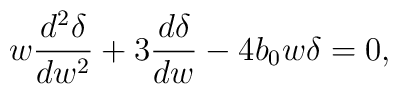
w\frac{d^2 \delta}{d w^2}+3\frac{d\delta}{dw}-4 b_{0}w \delta=0,